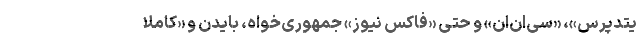
یتدپرس»، «سی‌اِن‌اِن» و حتی «فاکس نیوز» جمهوری‌خواه، بایدن و «کاملا